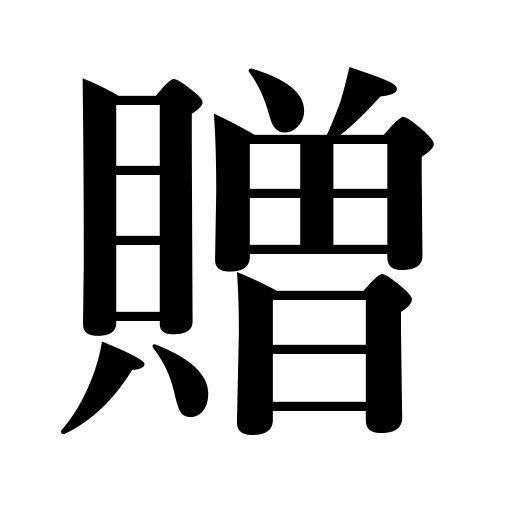
Meanings: give to,present something,confer on,send,award to